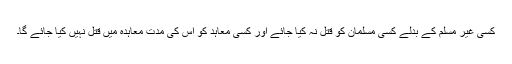
کسی غیر مسلم کے بدلے کسی مسلمان کو قتل نہ کیا جائے اور کسی معاہد کو اس کی مدتِ معاہدہ میں قتل نہیں کیا جائے گا۔